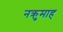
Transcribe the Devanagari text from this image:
नक्रुमाह